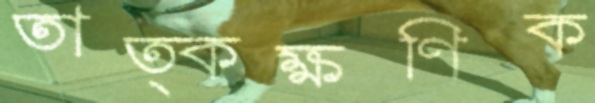
তাত্কক্ষণিক